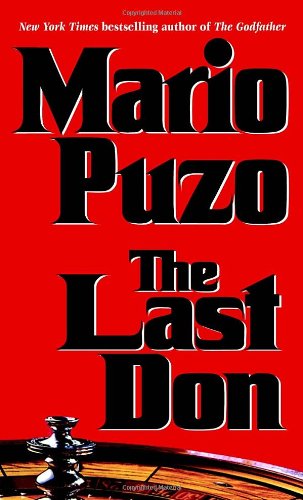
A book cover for The Last Don; Mario Puzo; Literature & Fiction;